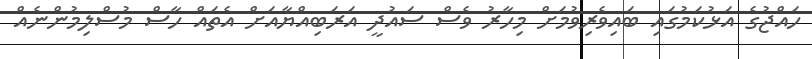
ހައްޖުގެ އަޅުކަމުގައި ބައިވެރިވުމަށް މިހާރު ވެސް ސައުދީ އަރަބިއްޔާއަށް އެތައް ހާސް މުސްލިމުންނެއް